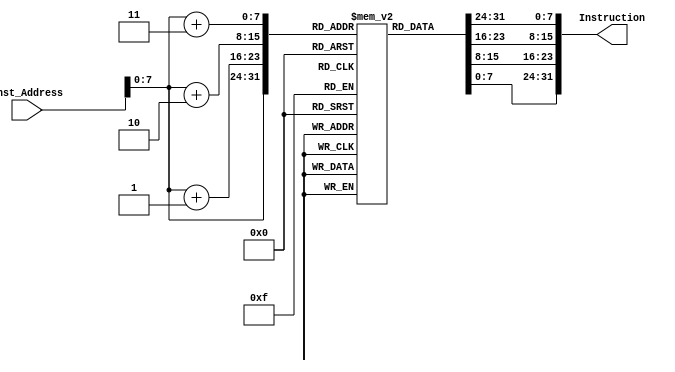
`timescale 1ns / 1ps

module Instruction_Memory(
    input [63:0] Inst_Address,
    output reg [31:0] Instruction
    );
    reg [7:0] Memory [131:0];
    initial begin
        Memory[0] = 8'h93;
        Memory[1] = 8'h02;
        Memory[2] = 8'h00;
        Memory[3] = 8'h00;
        Memory[4] = 8'h13;
        Memory[5] = 8'h03;
        Memory[6] = 8'h60;
        Memory[7] = 8'h00;
        Memory[8] = 8'h13;
        Memory[9] = 8'h0e;
        Memory[10] = 8'h80;
        Memory[11] = 8'h00;
        Memory[12] = 8'ha3;
        Memory[13] = 8'ha3;
        Memory[14] = 8'hc2;
        Memory[15] = 8'h01;
        Memory[16] = 8'h13;
        Memory[17] = 8'h0e;
        Memory[18] = 8'h40;
        Memory[19] = 8'h00;
        Memory[20] = 8'ha3;
        Memory[21] = 8'ha7;
        Memory[22] = 8'hc2;
        Memory[23] = 8'h01;
        Memory[24] = 8'h13;
        Memory[25] = 8'h0e;
        Memory[26] = 8'h20;
        Memory[27] = 8'h00;
        Memory[28] = 8'ha3;
        Memory[29] = 8'hab;
        Memory[30] = 8'hc2;
        Memory[31] = 8'h01;
        Memory[32] = 8'h13;
        Memory[33] = 8'h0e;
        Memory[34] = 8'h60;
        Memory[35] = 8'h00;
        Memory[36] = 8'ha3;
        Memory[37] = 8'haf;
        Memory[38] = 8'hc2;
        Memory[39] = 8'h01;
        Memory[40] = 8'h13;
        Memory[41] = 8'h0e;
        Memory[42] = 8'h10;
        Memory[43] = 8'h00;
        Memory[44] = 8'ha3;
        Memory[45] = 8'ha3;
        Memory[46] = 8'hc2;
        Memory[47] = 8'h03;
        Memory[48] = 8'h13;
        Memory[49] = 8'h0e;
        Memory[50] = 8'hf0;
        Memory[51] = 8'h00;
        Memory[52] = 8'ha3;
        Memory[53] = 8'ha7;
        Memory[54] = 8'hc2;
        Memory[55] = 8'h03;
        Memory[56] = 8'h13;
        Memory[57] = 8'h0e;
        Memory[58] = 8'h00;
        Memory[59] = 8'h00;
        Memory[60] = 8'h13;
        Memory[61] = 8'h05;
        Memory[62] = 8'hf3;
        Memory[63] = 8'hff;
        Memory[64] = 8'h63;
        Memory[65] = 8'h52;
        Memory[66] = 8'hae;
        Memory[67] = 8'h04;
        Memory[68] = 8'hb3;
        Memory[69] = 8'h0e;
        Memory[70] = 8'hc3;
        Memory[71] = 8'h41;
        Memory[72] = 8'h93;
        Memory[73] = 8'h8e;
        Memory[74] = 8'hfe;
        Memory[75] = 8'hff;
        Memory[76] = 8'h13;
        Memory[77] = 8'h0f;
        Memory[78] = 8'h00;
        Memory[79] = 8'h00;
        Memory[80] = 8'h63;
        Memory[81] = 8'h56;
        Memory[82] = 8'hdf;
        Memory[83] = 8'h03;
        Memory[84] = 8'h93;
        Memory[85] = 8'h1f;
        Memory[86] = 8'h3f;
        Memory[87] = 8'h00;
        Memory[88] = 8'hb3;
        Memory[89] = 8'h84;
        Memory[90] = 8'hf2;
        Memory[91] = 8'h01;
        Memory[92] = 8'h93;
        Memory[93] = 8'h83;
        Memory[94] = 8'h84;
        Memory[95] = 8'h00;
        Memory[96] = 8'h03;
        Memory[97] = 8'ha9;
        Memory[98] = 8'h04;
        Memory[99] = 8'h00;
        Memory[100] = 8'h03;
        Memory[101] = 8'ha6;
        Memory[102] = 8'h03;
        Memory[103] = 8'h00;
        Memory[104] = 8'h63;
        Memory[105] = 8'h56;
        Memory[106] = 8'h26;
        Memory[107] = 8'h01;
        Memory[108] = 8'ha3;
        Memory[109] = 8'ha3;
        Memory[110] = 8'hc4;
        Memory[111] = 8'h00;
        Memory[112] = 8'ha3;
        Memory[113] = 8'ha3;
        Memory[114] = 8'h23;
        Memory[115] = 8'h01;
        Memory[116] = 8'h13;
        Memory[117] = 8'h0f;
        Memory[118] = 8'h1f;
        Memory[119] = 8'h00;
        Memory[120] = 8'he3;
        Memory[121] = 8'h0c;
        Memory[122] = 8'h00;
        Memory[123] = 8'hfc;
        Memory[124] = 8'h13;
        Memory[125] = 8'h0e;
        Memory[126] = 8'h1e;
        Memory[127] = 8'h00;
        Memory[128] = 8'he3;
        Memory[129] = 8'h00;
        Memory[130] = 8'h00;
        Memory[131] = 8'hfc;
        
    end
always @*
begin
    Instruction[7:0] <= Memory[Inst_Address];
    Instruction[15:8] <= Memory[Inst_Address+1];
    Instruction[23:16] <= Memory[Inst_Address+2];
    Instruction[31:24] <= Memory[Inst_Address+3];
end
endmodule